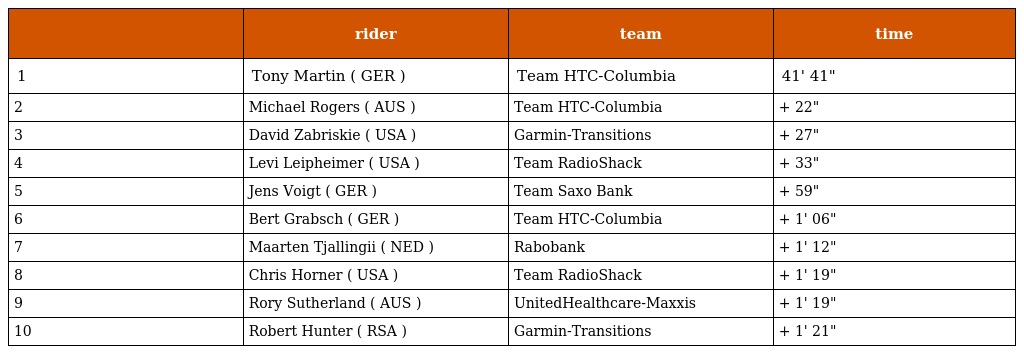
|  | rider | team | time |
 | --- | --- | --- | --- |
 | 1 | Tony Martin ( GER ) | Team HTC-Columbia | 41' 41" |
 | 2 | Michael Rogers ( AUS ) | Team HTC-Columbia | + 22" |
 | 3 | David Zabriskie ( USA ) | Garmin-Transitions | + 27" |
 | 4 | Levi Leipheimer ( USA ) | Team RadioShack | + 33" |
 | 5 | Jens Voigt ( GER ) | Team Saxo Bank | + 59" |
 | 6 | Bert Grabsch ( GER ) | Team HTC-Columbia | + 1' 06" |
 | 7 | Maarten Tjallingii ( NED ) | Rabobank | + 1' 12" |
 | 8 | Chris Horner ( USA ) | Team RadioShack | + 1' 19" |
 | 9 | Rory Sutherland ( AUS ) | UnitedHealthcare-Maxxis | + 1' 19" |
 | 10 | Robert Hunter ( RSA ) | Garmin-Transitions | + 1' 21" |